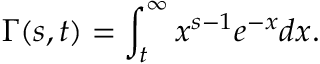
\Gamma ( s , t ) = \int _ { t } ^ { \infty } x ^ { s - 1 } e ^ { - x } d x .